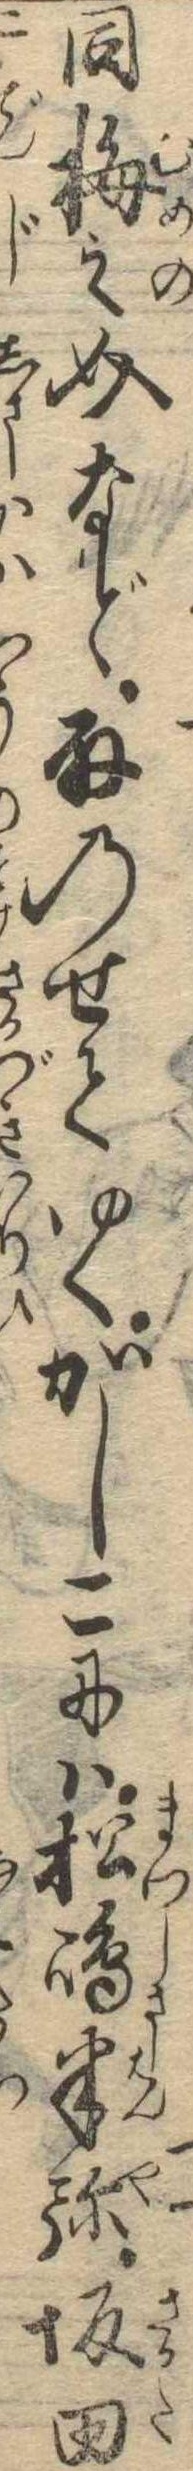
同梅之介など取のせてゆくかしこには松島半弥坂田